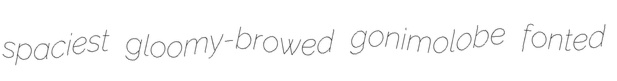
spaciest gloomy-browed gonimolobe fonted